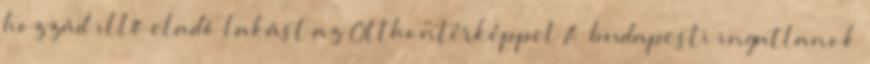
hozzád illő eladó lakást az Otthontérképpel A budapesti ingatlanok